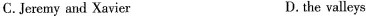
C. Jeremy and Xavier D.the valleys